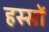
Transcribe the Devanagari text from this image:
हस्सों